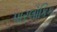
પારલૌકિક